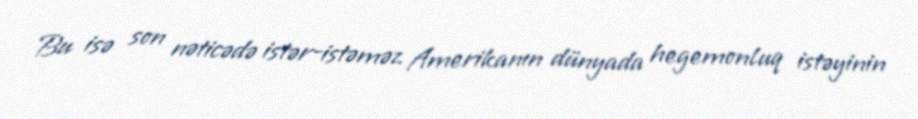
Bu isə son nəticədə istər-istəməz Amerikanın dünyada hegemonluq istəyinin